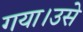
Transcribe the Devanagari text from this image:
गया।उसे